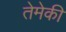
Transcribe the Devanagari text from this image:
तेमेकी